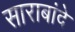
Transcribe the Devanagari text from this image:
साराबांदे